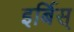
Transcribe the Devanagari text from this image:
इर्बिस्